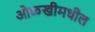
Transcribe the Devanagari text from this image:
ओळखीमधील